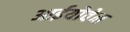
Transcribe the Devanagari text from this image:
आईयोवेन